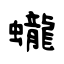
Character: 蠬